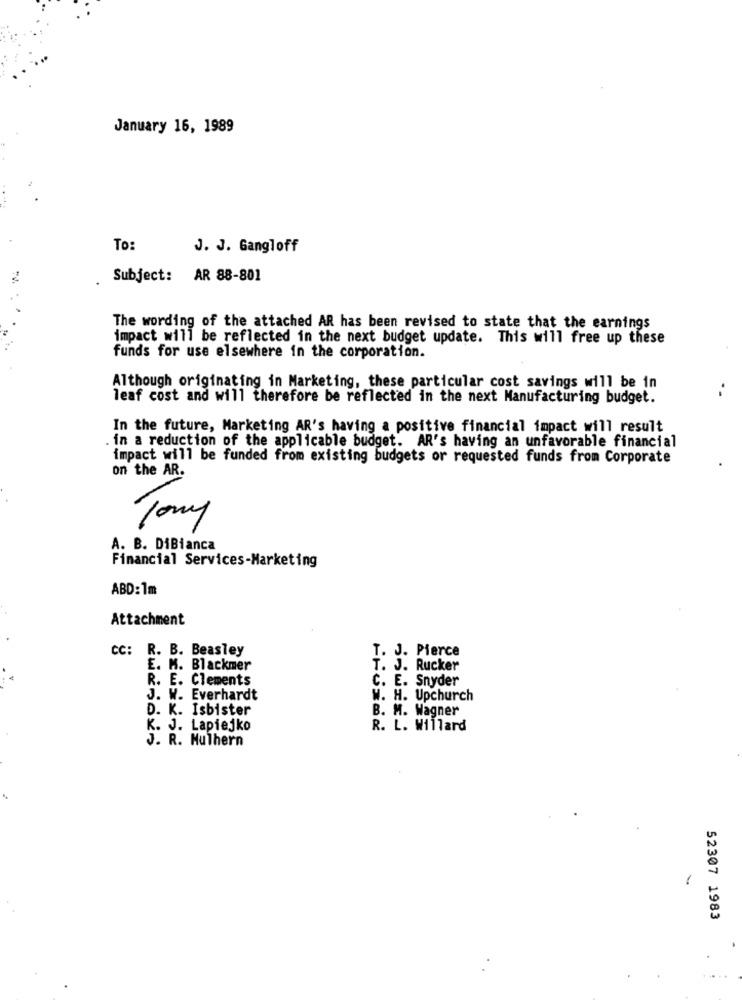
January 16, 1989
To:
J. J. Gangloff
2
Subject: AR 88-801
The wording of the attached AR has been revised to state that the earnings
impact will be reflected in the next budget update. This will free up these
funds for use elsewhere in the corporation.
Although originating in Marketing, these particular cost savings will be in
leaf cost and will therefore be reflected in the next Manufacturing budget.
In the future, Marketing AR's having a positive financial impact will result
. in a reduction of the applicable budget. AR's having an unfavorable financial
impact will be funded from existing budgets or requested funds from Corporate
on the AR.
A. B. DiBianca
Financial Services-Marketing
ABD: 1m
Attachment
CC: R. B. Beasley
T. J. Pierce
E. M. Blackmer
T. J. Rucker
R. E. Clements
C. E. Snyder
J. W. Everhardt
W. H. Upchurch
D. K. Isbister
B. M. Wagner
K. J. Lapiejko
R. L. Willard
J. R. Mulhern
52307 1983